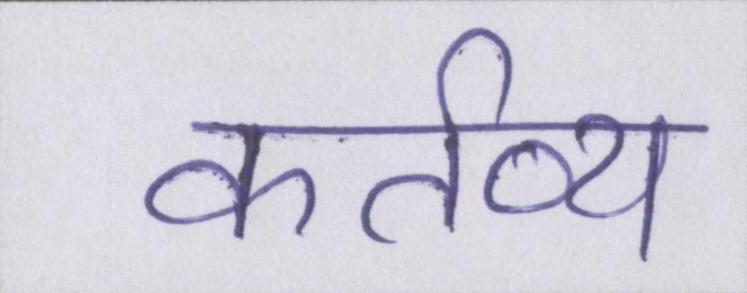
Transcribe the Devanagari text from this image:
कर्तव्य